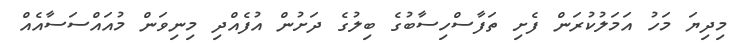
މިދިޔަ މަހު އަމަލުކުރަން ފެށި ތަފާސްހިސާބުގެ ބިލުގެ ދަށުން އުފެއްދި މިނިވަން މުއައްސަސާއެއް